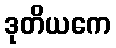
ဒုတိယကေ